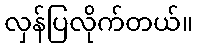
လှန်ပြလိုက်တယ်။